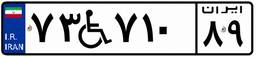
۷۳W۷۱۰۸۹